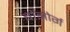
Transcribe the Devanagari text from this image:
बोझोर्ग